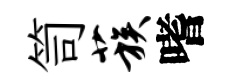
笥蔟嗜